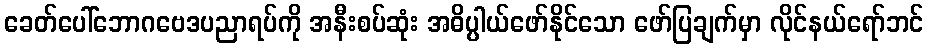
ခေတ်ပေါ်ဘောဂဗေဒပညာရပ်ကို အနီးစပ်ဆုံး အဓိပ္ပါယ်ဖော်နိုင်သော ဖော်ပြချက်မှာ လိုင်နယ်ရော်ဘင်